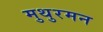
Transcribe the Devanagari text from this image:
मुथुरमन